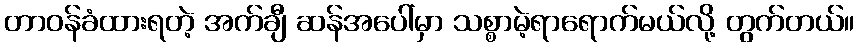
တာဝန်ခံထားရတဲ့ အက်ချီ ဆန်အပေါ်မှာ သစ္စာမဲ့ရာရောက်မယ်လို့ တွက်တယ်။